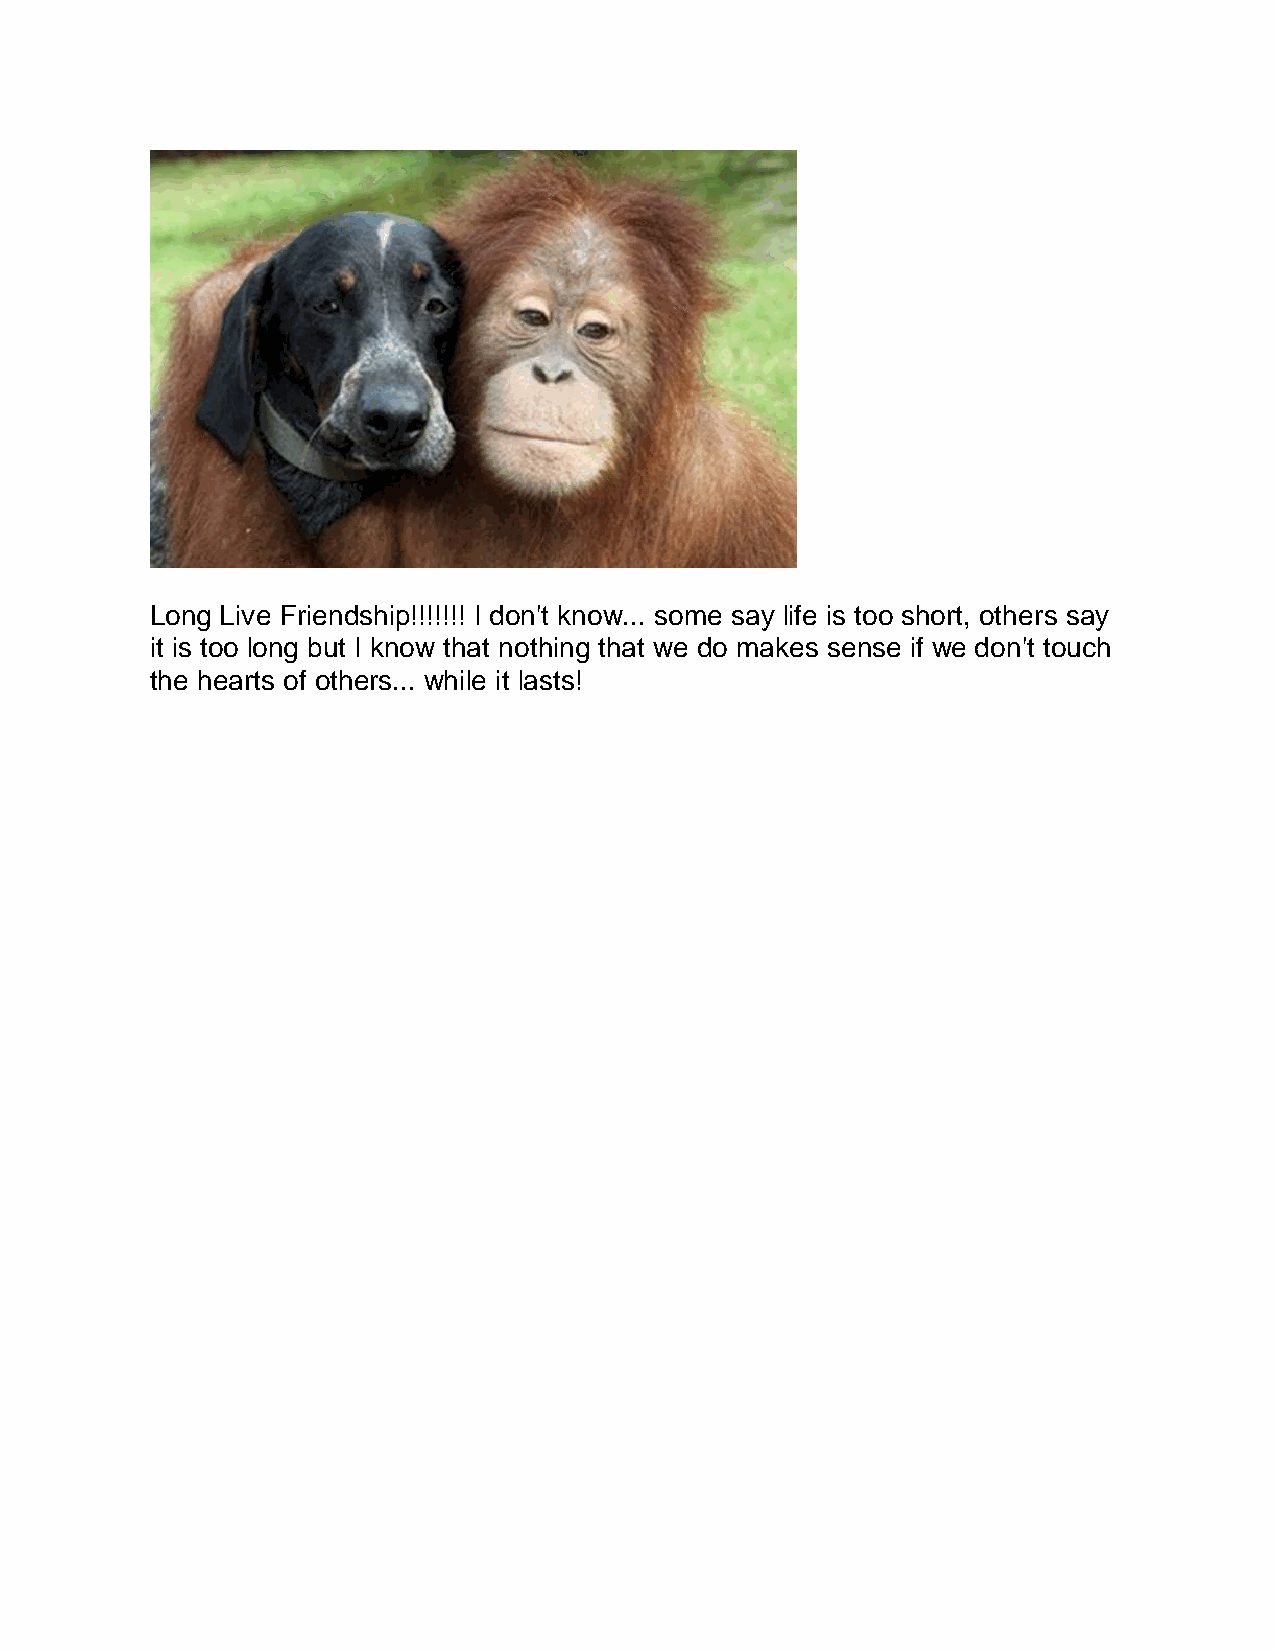
Long Live Friendship!!!!!!! I don't know... some say life is too short, others say
 it is too long but I know that nothing that we do makes sense if we don't touch
 the hearts of others... while it lasts!